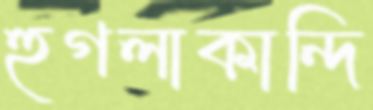
হুগলাকান্দি